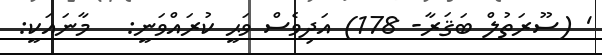
' (ސޫރަތުލް ބަޤަރާ- 178) އަދިވެސް ވަޙީ ކުރައްވަނީ:   މާނައަކީ: